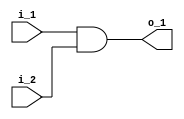

module andgate(o_1,i_1,i_2);

input wire i_1,i_2;
output wire o_1;



assign o_1=i_1 & i_2;

endmodule





module testbench();

reg a,b,c,d;
wire s1,s2,result;

andgate g1(s1,a,b);
andgate g2(s2,c,d);
andgate g3(result,s1,s2);

initial 
begin


a<=0;
b<=1;
c<=1;
d<=1;
$monitor("a=%b b=%b c=%b d=%b s1=%b s2=%b result=%b",a,b,c,d,s1,s2,result);
#5
a=1;
b=1;
c=0;
d=1;
$display("a=%b b=%b s1=%b s2=%b result=%b",a,b,s1,s2,result);

end
endmodule